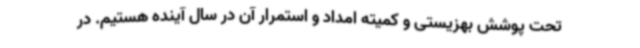
تحت پوشش بهزیستی و کمیته امداد و استمرار آن در سال آینده هستیم. در